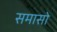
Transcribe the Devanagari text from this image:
समासो